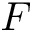
F